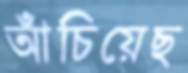
আঁচিয়েছ